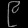
Digit: ၉